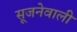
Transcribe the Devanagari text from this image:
सूजनेवाली